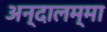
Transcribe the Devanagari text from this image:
अन्दालम्मा